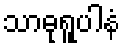
သာဓုရူပါနံ